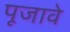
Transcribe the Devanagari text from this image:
पूजावे